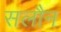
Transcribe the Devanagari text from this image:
सलौन